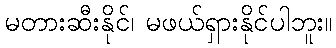
မတားဆီးနိုင်၊ မဖယ်ရှားနိုင်ပါဘူး။